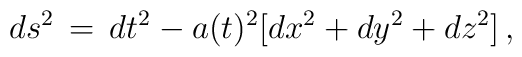
ds^2 \, = \, dt^2 - a(t)^2[dx^2 + dy^2 + dz^2] \, ,